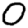
Digit: 0